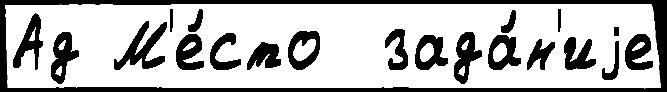
Ад М'е́сто  зада́н'иjе